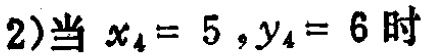
(2)当 \(x_{4}=5,y_{4}=6\) 时